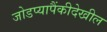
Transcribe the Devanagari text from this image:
जोडप्यापैंकीदेखील